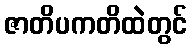
ဇာတိပကတိထဲတွင်